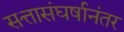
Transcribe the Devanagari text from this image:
सत्तासंघर्षानंतर